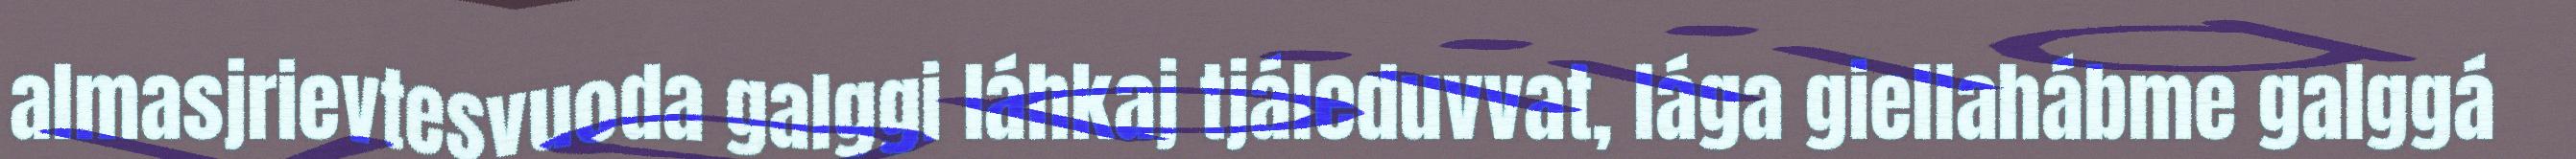
almasjrievtesvuoda galggi láhkaj tjáleduvvat, lága giellahábme galggá